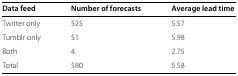
<table><thead><tr><td><b>Data feed</b></td><td><b>Number of forecasts</b></td><td><b>Average lead time</b></td></tr></thead><tbody><tr><td>Twitter only</td><td>525</td><td>5.57</td></tr><tr><td>Tumblr only</td><td>51</td><td>5.98</td></tr><tr><td>Both</td><td>4</td><td>2.75</td></tr><tr><td>Total</td><td>580</td><td>5.58</td></tr></tbody></table>